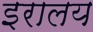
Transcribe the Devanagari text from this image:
इरालय